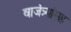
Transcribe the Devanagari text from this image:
वाजंत्र्यांसह